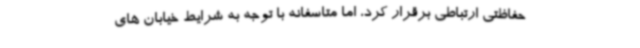
حفاظتی ارتباطی برقرار کرد، اما متاسفانه با توجه به شرایط خیابان های